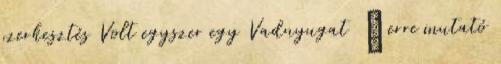
szerkesztés Volt egyszer egy Vadnyugat ‎ ← erre mutató